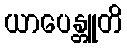
ယာပေန္တူတိ